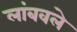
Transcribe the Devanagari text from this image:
लांबवले